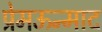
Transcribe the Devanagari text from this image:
प्रेमऊन्माद